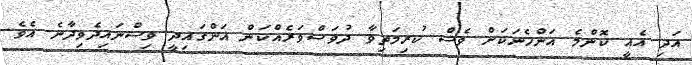
އަދި އެއީ ކޮންމެ އަންހެނަކަށް ވެސް ކުރިމަތިވާ ދުވަސްވަރެއްކަން އަންގައިދީ ވިސްނައިދެވިދާނެ އެވެ.